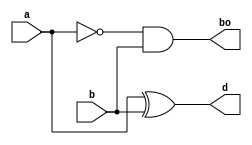
module half_sub(a,b,d,bo);
input a,b;
output d,bo;
// wire ao;
// xor (d, a, b);
// not (ao, a);
// and (bo, ao, b);
assign d = a^b;
assign bo = (~a)&b;
endmodule